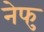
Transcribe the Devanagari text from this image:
नेफु